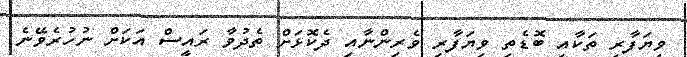
ވިޔަފާރި ތަކާއި ބޮޑެތި ވިޔަފާރި ވެރިންނާއި ދެކޮޅަށް ތެދުވާ ރައީސް އަކަށް ނުހުރެވޭނެ